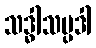
သဒ္ဓါသမ္ပဒါ